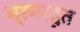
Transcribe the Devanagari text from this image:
भ्रमरदूत